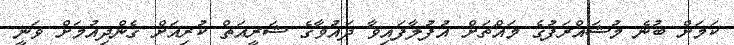
ކަމަށް ބުނެ މުޝައްރަފުގެ މައްޗަށް އުފުލާފައިވާ ދައުވާގެ ޝަރީއަތް ކުރިއަށް ގެންދިއުމަށް ވަނީ